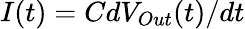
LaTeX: I(t)=CdV_{Out}(t)/dt